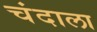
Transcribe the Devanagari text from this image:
चंदाला